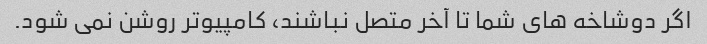
اگر دوشاخه های شما تا آخر متصل نباشند، کامپیوتر روشن نمی شود.